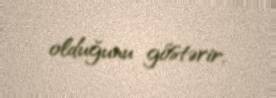
olduğunu göstərir.